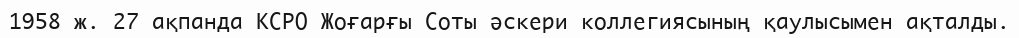
1958 ж. 27 ақпанда КСРО Жоғарғы Соты әскери коллегиясының қаулысымен ақталды.